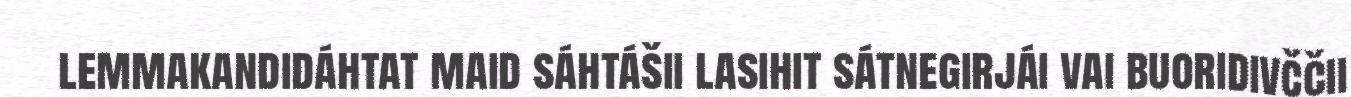
lemmakandidáhtat maid sáhtášii lasihit sátnegirjái vai buoridivččii